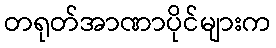
တရုတ်အာဏာပိုင်များက